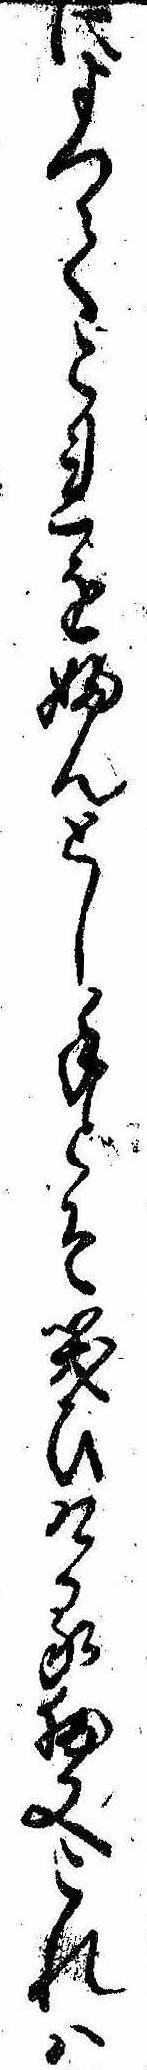
によつてこれをふんとし手とそ笑ひける扨又これは